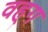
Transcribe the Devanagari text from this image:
वह्ग